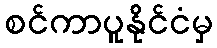
စင်ကာပူနိုင်ငံမှ